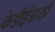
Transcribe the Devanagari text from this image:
केडीईसाठी